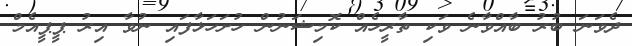
ދެވަނަ ބުރު ބާއްވާނެ ވަކި ތާރީހެއް ކޮމިޝަނުން ހުށަހަޅާފައި ނުވާ އިރު ޕީޕީއެމް